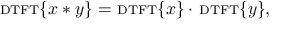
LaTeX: \scriptstyle \mathrm { { D T F T } } \displaystyle \{ x * y \} = \ \scriptstyle \mathrm { { D T F T } } \displaystyle \{ x \} \cdot \ \scriptstyle \mathrm { { D T F T } } \displaystyle \{ y \} ,